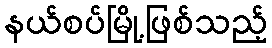
နယ်စပ်မြို့ဖြစ်သည့်